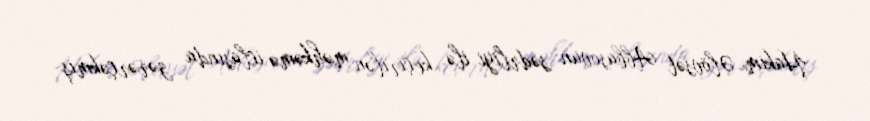
Hakim Əlövsət Abbasovun sədrliyi ilə keçirilən məhkəmə iclasında zərərçəkmiş